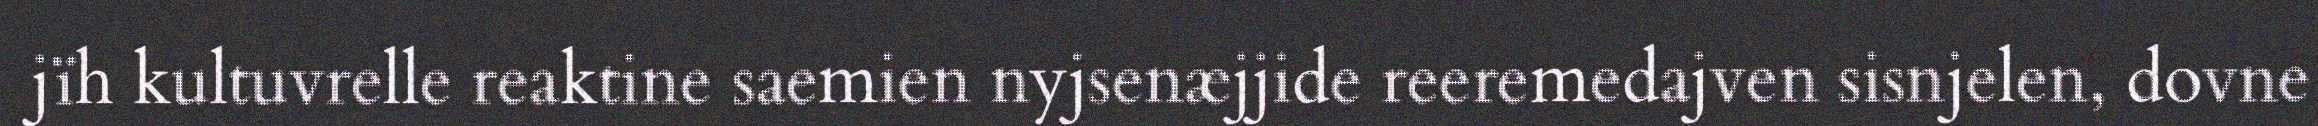
jïh kultuvrelle reaktine saemien nyjsenæjjide reeremedajven sisnjelen, dovne